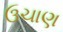
ઉચાણ